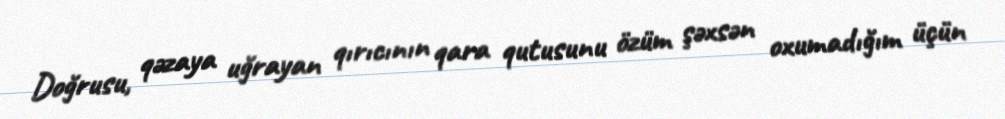
Doğrusu, qəzaya uğrayan qırıcının qara qutusunu özüm şəxsən oxumadığım üçün